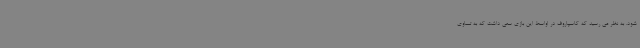
شود. به نظر می رسید که کاسپاروف در اواسط این بازی سعی داشت که به تساوی